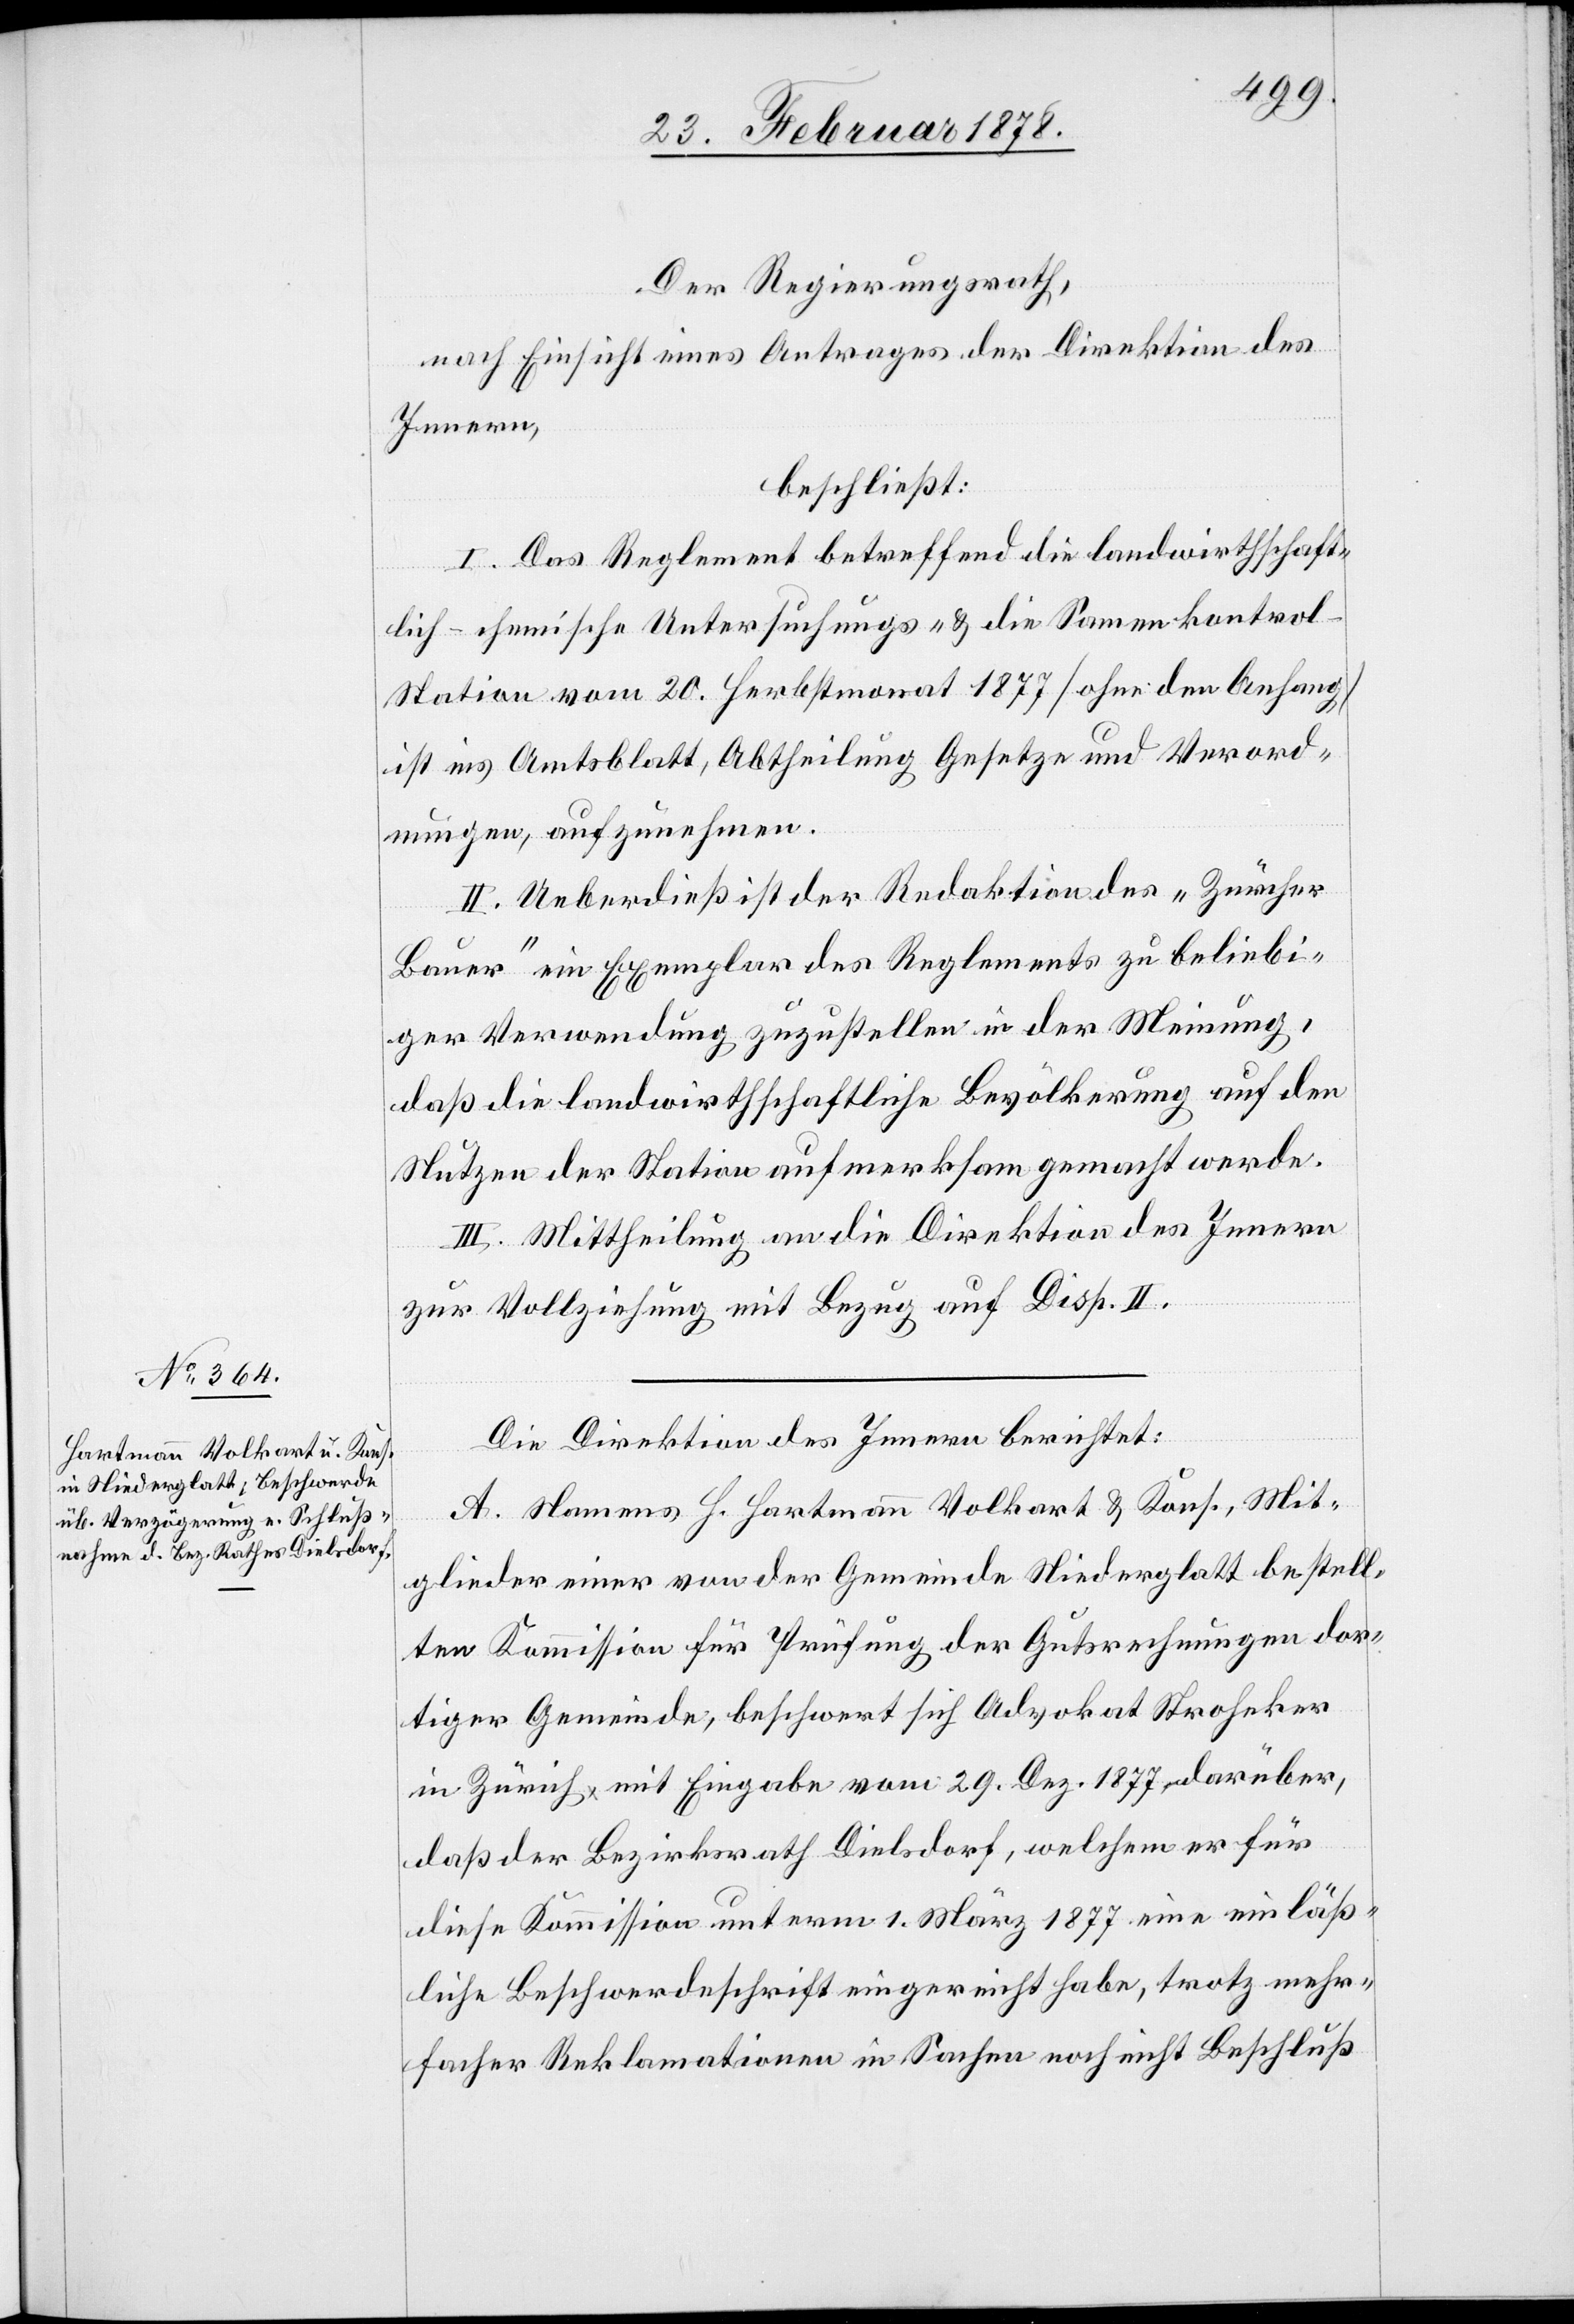
Der Regierungsrath,
nach Einsicht eines Antrages der Direktion des
Innern,
beschließt:
I. Das Reglement betreffend die landwirthschaft¬
lich-chemische Untersuchungs- & die Samenkontro¬
l-Station vom 20. Herbstmonat 1877 (ohne den Anfang)
ist ins Amtsblatt, Abtheilung Gesetze und Verord¬
nungen, aufzunehmen.
II. Ueberdieß ist der Redaktion des „Zürcher
Bauer“ ein Exemplar des Regelements zu beliebi¬
ger Verwendung zuzustellen in der Meinung,
daß die landwirthschaftliche Bevölkerung auf den
Nutzen der Station aufmerksam gemacht werde.
III. Mittheilung an die Direktion des Innern
zur Vollziehung mit Bezug auf Disp. II.
Die Direktion des Innern berichtet:
A. Namens H. Hartmann Volkart & Kons., Mit¬
glieder einer von der Gemeinde Niederglatt bestell¬
ten Kommission für Prüfung der Gutsrechnungen dor¬
tiger Gemeinde, beschwert sich Advokat Stroheker
in Zürich mit Eingabe vom 29. Dez. 1877 darüber,
daß der Bezirksrath Dielsdorf, welchem er für
diese Kommission unterm 1. März 1877 eine einläß¬
liche Beschwerdeschrift eingereicht habe, trotz mehr¬
facher Reklamationen in Sachen noch nicht Beschluß